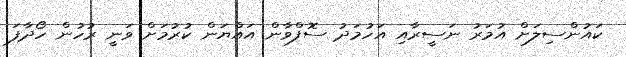
ކައުންސިލަށް އުމަރު ނަސީރާއި އަހުމަދު ސޮފްވާން އައްޔަން ކުރުމަށް ވަނީ ރުހުން ހޯދާފަ